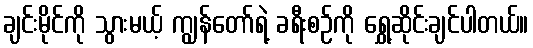
ချင်းမိုင်ကို သွားမယ့် ကျွန်တော်ရဲ့ ခရီးစဉ်ကို ရွှေ့ဆိုင်းချင်ပါတယ်။